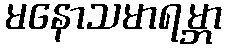
မနောသမာရမ္ဘာ